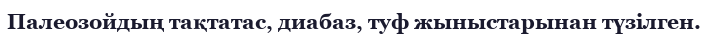
Палеозойдың тақтатас, диабаз, туф жыныстарынан түзілген.